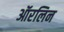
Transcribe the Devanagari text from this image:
ऑरलिन